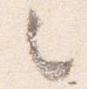
々